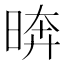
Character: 𪰫